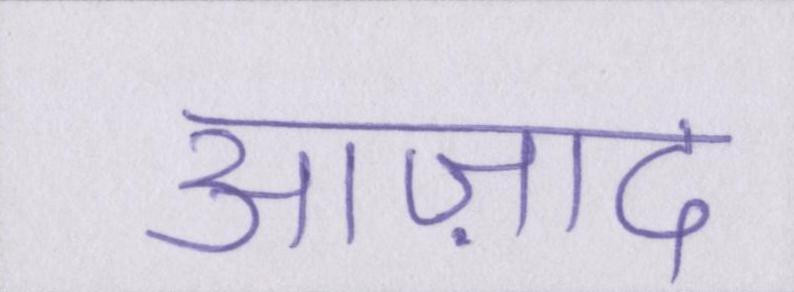
आज़ाद